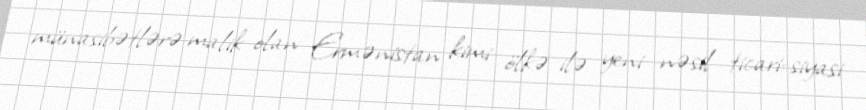
münasibətlərə malik olan Ermənistan kimi ölkə ilə yeni nəsil ticari-siyasi